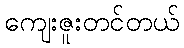
ကျေးဇူးတင်တယ်